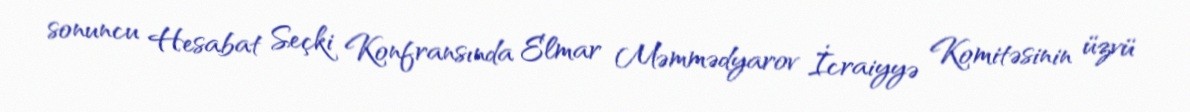
sonuncu Hesabat Seçki Konfransında Elmar Məmmədyarov İcraiyyə Komitəsinin üzvü